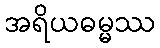
အရိယဓမ္မဿ